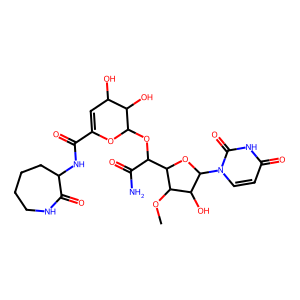
SMILES: COC1C(O)C(n2ccc(=O)[nH]c2=O)OC1C(OC1OC(C(=O)NC2CCCCNC2=O)=CC(O)C1O)C(N)=O
Inhibits HIV replication: No